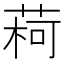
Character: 𫈥